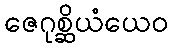
ဇေဂုစ္ဆိယံယေဝ